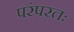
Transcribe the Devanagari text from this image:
परंपरतः